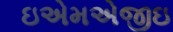
ઇએમએજીઇ